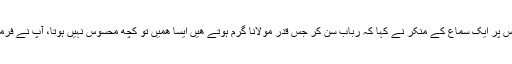
ایک دن فرمایا رباب کی آواز بہشت کے دروازے کی آواز ھے جو ھم سنتے ہیں، اس پر ایک سماع کے منکر نے کہا کہ رباب سن کر جس قدر مولانا گرم ہوتے ھیں ایسا ھمیں تو کچھ محسوس نہیں ہوتا، آپ نے فرمایا ھم دروازہ کھلنے کی آواز سنتے ہیں اور وہ دروازہ بند ھونے کی آواز سنتا ھے۔